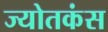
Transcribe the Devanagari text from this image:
ज्योतकंस